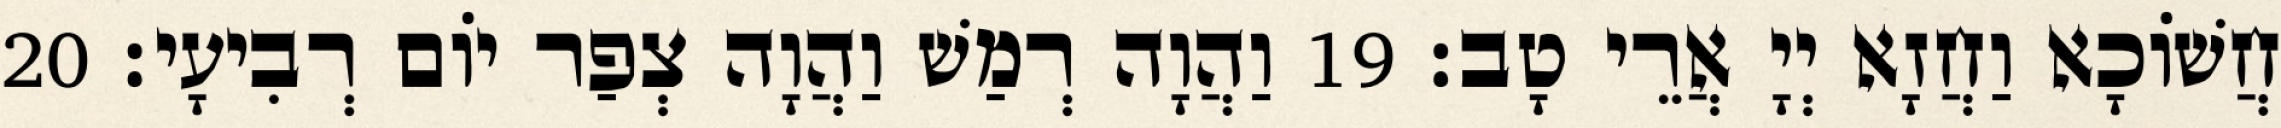
חֲשׁוֹכָא וַחֲזָא יְיָ אֲרֵי טָב׃ 19 וַהֲוָה רְמַשׁ וַהֲוָה צְפַר יוֹם רְבִיעָי׃ 20